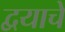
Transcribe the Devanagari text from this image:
द्वयाचे